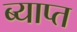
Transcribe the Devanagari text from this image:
ब्याप्त